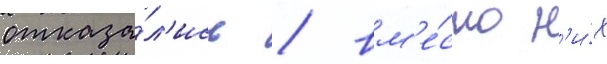
отказа́л'ись / вм'е́сто н'и́х